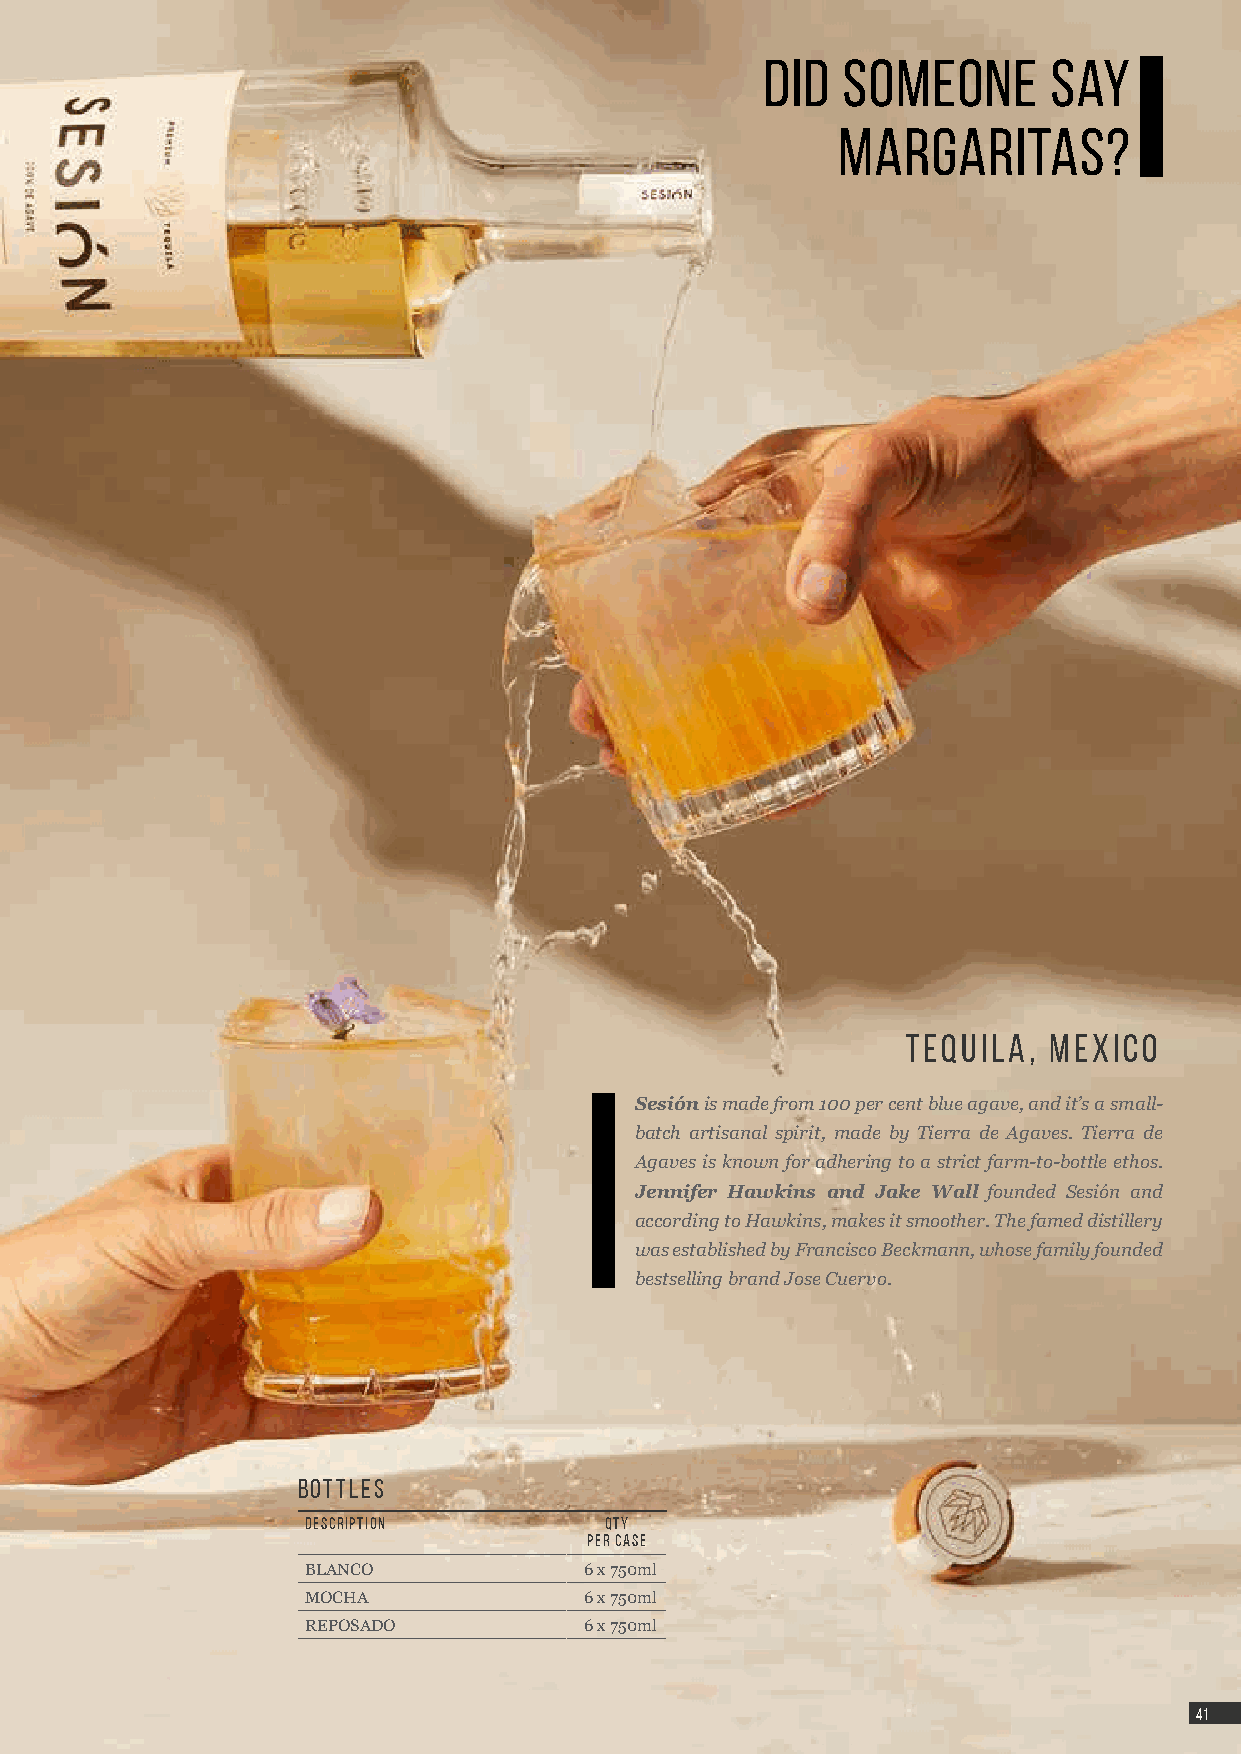
did  someone       say
 margaritas?
 TEQUILA, MEXICO
 Sesión is made from 100 per cent blue agave, and it’s a small-
 batch artisanal spirit, made by Tierra de Agaves. Tierra de
 Agaves is known for adhering to a strict farm-to-bottle ethos.
 Jennifer Hawkins and Jake Wall founded Sesión and
 according to Hawkins, makes it smoother. The famed distillery
 was established by Francisco Beckmann, whose family founded
 bestselling brand Jose Cuervo.
 BOTTLES
 DESCRIPTION         QTY
 PER CASE
 BLANCO             6 x 750ml
 MOCHA              6 x 750ml
 REPOSADO           6 x 750ml
 4411